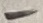
Text: -